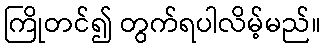
ကြိုတင်၍ တွက်ရပါလိမ့်မည်။